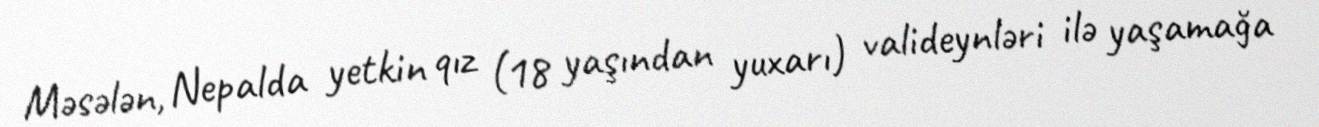
Məsələn, Nepalda yetkin qız (18 yaşından yuxarı) valideynləri ilə yaşamağa